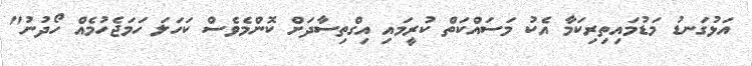
އަޅުގަނޑު މަޑުމައިތިރިކަމާ އެކު މަސައްކަތް ކުރީމައި އިގްތިސާދަށް ކޮންމެވެސް ކަހަލަ ހަމަޖެހުމެއް ހޯދުނު"